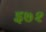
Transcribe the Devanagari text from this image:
इ७२